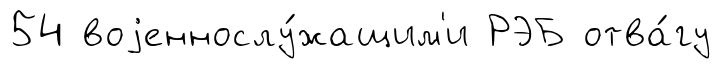
54 воjеннослу́жащим'и РЭБ отва́гу